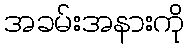
အခမ်းအနားကို